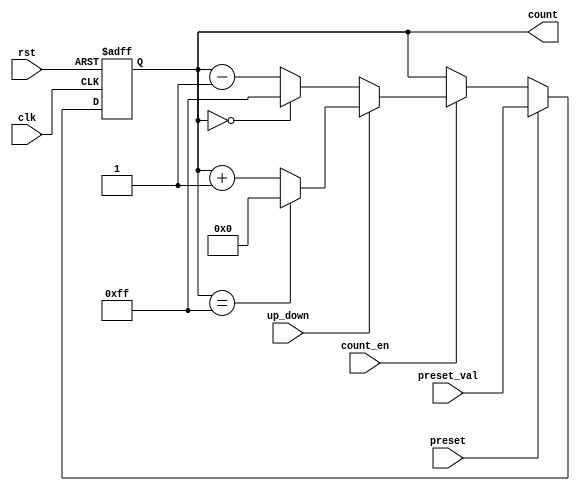
module presettable_counter #(
    parameter N = 8  // Width of the counter
)(
    input wire clk,
    input wire rst,
    input wire preset,
    input wire [N-1:0] preset_val,
    input wire count_en,
    input wire up_down,
    output reg [N-1:0] count
);

    // Define the maximum count value for wrap-around behavior
    localparam MAX_COUNT = (1 << N) - 1;

    always @(posedge clk or posedge rst) begin
        if (rst) begin
            // Reset the counter to zero
            count <= 0;
        end else if (preset) begin
            // Load the preset value into the counter
            count <= preset_val;
        end else if (count_en) begin
            // Counting functionality
            if (up_down) begin
                // Increment the counter, with wrap-around
                count <= (count == MAX_COUNT) ? 0 : count + 1;
            end else begin
                // Decrement the counter, with wrap-around
                count <= (count == 0) ? MAX_COUNT : count - 1;
            end
        end
    end

endmodule